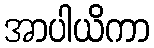
အာပါယိကာ